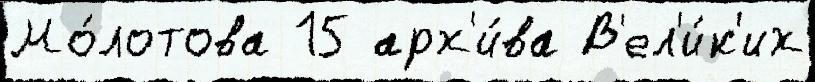
Мо́лотова 15 арх'и́ва В'ел'и́к'их